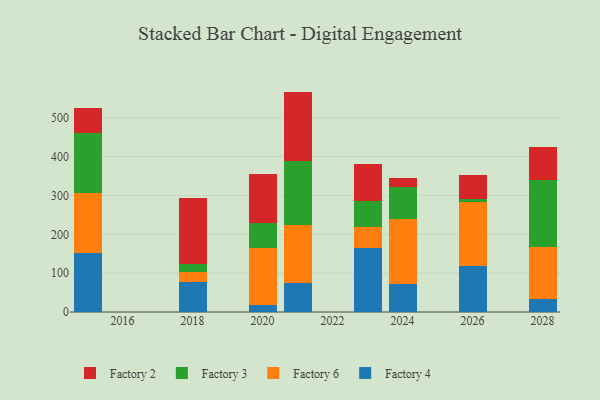
{"axis": {"x": "Year", "y": "Shipments"}, "legend": ["Factory 2", "Factory 3", "Factory 4", "Factory 6"], "data": [{"x": "2018", "y": 77.5, "type": "Factory 4"}, {"x": "2018", "y": 26.3, "type": "Factory 6"}, {"x": "2018", "y": 21.0, "type": "Factory 3"}, {"x": "2018", "y": 168.2, "type": "Factory 2"}, {"x": "2024", "y": 72.5, "type": "Factory 4"}, {"x": "2024", "y": 165.9, "type": "Factory 6"}, {"x": "2024", "y": 82.1, "type": "Factory 3"}, {"x": "2024", "y": 24.0, "type": "Factory 2"}, {"x": "2023", "y": 164.7, "type": "Factory 4"}, {"x": "2023", "y": 54.5, "type": "Factory 6"}, {"x": "2023", "y": 65.3, "type": "Factory 3"}, {"x": "2023", "y": 95.6, "type": "Factory 2"}, {"x": "2020", "y": 19.3, "type": "Factory 4"}, {"x": "2020", "y": 145.0, "type": "Factory 6"}, {"x": "2020", "y": 64.4, "type": "Factory 3"}, {"x": "2020", "y": 126.1, "type": "Factory 2"}, {"x": "2015", "y": 153.0, "type": "Factory 4"}, {"x": "2015", "y": 152.4, "type": "Factory 6"}, {"x": "2015", "y": 155.4, "type": "Factory 3"}, {"x": "2015", "y": 63.5, "type": "Factory 2"}, {"x": "2026", "y": 117.6, "type": "Factory 4"}, {"x": "2026", "y": 164.7, "type": "Factory 6"}, {"x": "2026", "y": 9.3, "type": "Factory 3"}, {"x": "2026", "y": 61.0, "type": "Factory 2"}, {"x": "2021", "y": 75.0, "type": "Factory 4"}, {"x": "2021", "y": 149.0, "type": "Factory 6"}, {"x": "2021", "y": 165.7, "type": "Factory 3"}, {"x": "2021", "y": 177.6, "type": "Factory 2"}, {"x": "2028", "y": 33.6, "type": "Factory 4"}, {"x": "2028", "y": 133.8, "type": "Factory 6"}, {"x": "2028", "y": 172.4, "type": "Factory 3"}, {"x": "2028", "y": 85.6, "type": "Factory 2"}]}